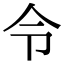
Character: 令